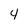
Character: 4